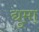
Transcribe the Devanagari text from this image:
द्युमा